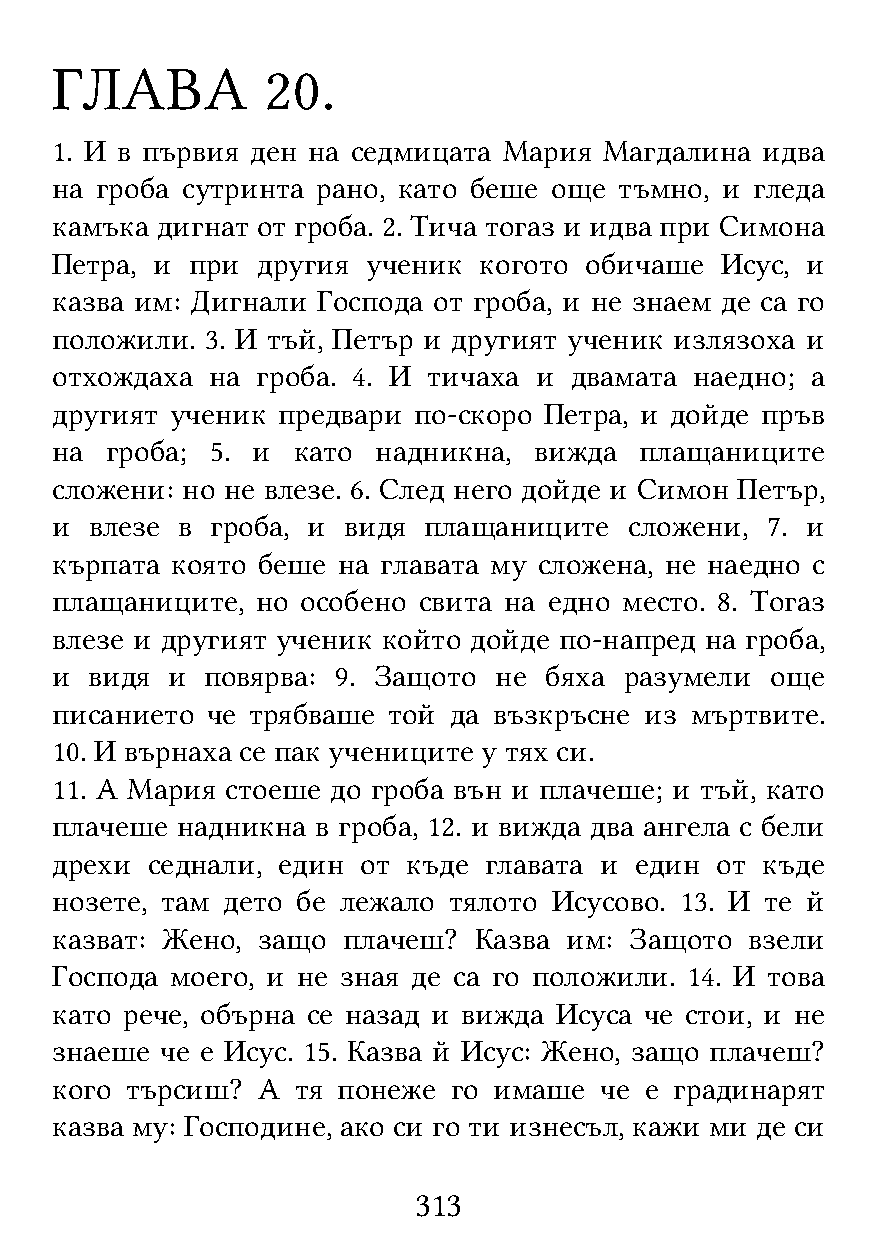
ГЛАВА          20.
 1. И в първия ден на седмицата Мария Магдалина идва
 на гроба сутринта рано, като беше още тъмно, и гледа
 камъка дигнат от гроба. 2. Тича тогаз и идва при Симона
 Петра, и при  другия ученик  когото обичаше  Исус, и
 казва им: Дигнали Господа от гроба, и не знаем де са го
 положили.  3. И тъй, Петър и другият ученик излязоха и
 отхождаха  на гроба. 4. И тичаха и двамата наедно; а
 другият ученик предвари по-скоро Петра, и дойде пръв
 на  гроба; 5. и като  надникна, вижда  плащаниците
 сложени: но не влезе. 6. След него дойде и Симон Петър,
 и  влезе в гроба, и видя плащаниците   сложени, 7. и
 кърпата която беше на главата му сложена, не наедно с
 плащаниците,  но особено свита на едно место. 8. Тогаз
 влезе и другият ученик който дойде по-напред на гроба,
 и  видя и повярва: 9. Защото  не бяха разумели  още
 писанието  че трябваше той да възкръсне из мъртвите.
 10. И върнаха се пак учениците у тях си.
 11. А Мария стоеше до гроба вън и плачеше; и тъй, като
 плачеше  надникна в гроба, 12. и вижда два ангела с бели
 дрехи  седнали, един от къде главата и един от къде
 нозете, там дето бе лежало тялото Исусово. 13. И те й
 казват: Жено, защо  плачеш? Казва им:  Защото  взели
 Господа моего, и не зная де са го положили. 14. И това
 като рече, обърна се назад и вижда Исуса че стои, и не
 знаеше  че е Исус. 15. Казва й Исус: Жено, защо плачеш?
 кого търсиш?  А  тя понеже го имаше  че е градинарят
 казва му: Господине, ако си го ти изнесъл, кажи ми де си
 313